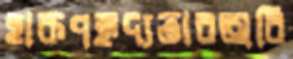
হারূণহৃদ্যতারঅরি